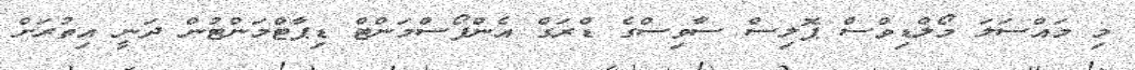
މި މައްސަލަ މޯލްޑިވްސް ޕޮލިސް ސާވިސްގެ ޑްރަގް އެންފޯސްމަންޓް ޑިޕާޓްމަންޓުން ދަނީ އިތުރަށް